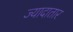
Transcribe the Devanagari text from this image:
ज्‍यादातार